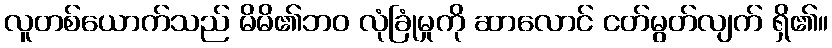
လူတစ်ယောက်သည် မိမိ၏ဘဝ လုံခြုံမှုကို ဆာလောင် ငတ်မွတ်လျက် ရှိ၏။